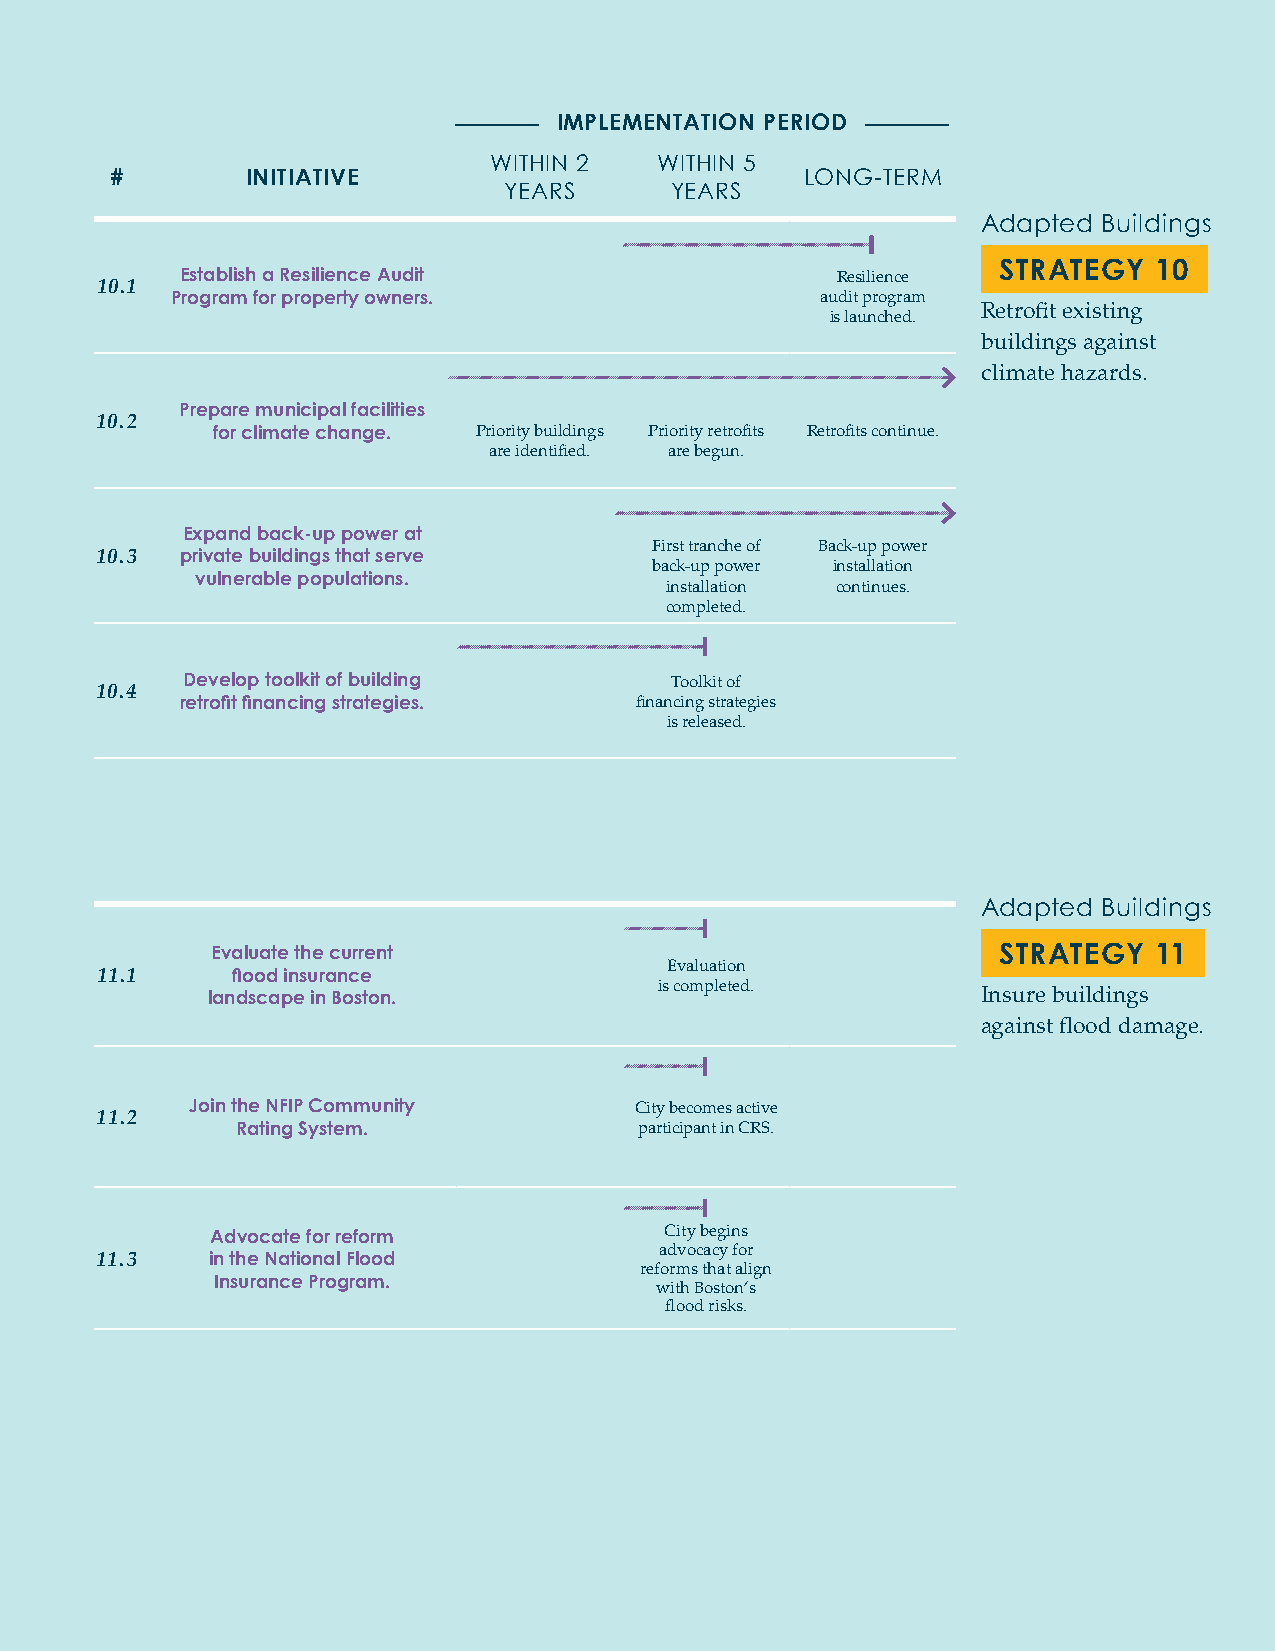
IMPLEMENTATION PERIOD                IMPLEMENTATION PERIOD
 WITHIN 2 WITHIN 5               WITHIN 2   WITHIN 5
 # INITIATIVE LONG-TERM # INITIATIVE                  LONG-TERM
 YEARS YEARS                      YEARS      YEARS
 Adapted Buildings                                                Adapted Buildings
 STRATEGY 9–                                                       STRATEGY  10
 Establish a planning 10.1 Establish a Resilience Audit Resilience
 Update building 9.1 fl ood elevation to support Analysis process Planning fl ood Program for property owners. au isd li at u p nr co hg er dam . Retrofi t existing
 zoning regulations in the initiated elevation is
 regulations to support future fl oodplain. established for       buildings against
 all development.
 climate readiness.                                               climate hazards.
 Prepare municipal facilities
 10.2
 for climate change. Priority buildings Priority retrofi ts Retrofi ts continue.
 are identifi ed. are begun.
 Revise zoning code
 9.2 to support climate-
 Review of zoning Zoning changes
 ready buildings.
 code launched. are implemented. Expand back-up power at
 First tranche of Back-up power
 10.3  private buildings that serve
 back-up power installation
 vulnerable populations.
 installation continues.
 completed.
 Promote climate readiness for
 9.3 projects in the development Notifi cations are 10.4 Develop toolkit of building Toolkit of
 retrofi t fi nancing strategies. fi nancing strategies
 pipeline. sent to all permitt ed
 is released.
 developments.
 Pursue state building
 Begin working with
 9.4 code amendments
 Commonwealth
 to promote climate readiness.
 regarding building                                               Adapted Buildings
 code amendments.
 Evaluate the current                                STRATEGY  11
 Evaluation
 11.1     fl ood insurance
 is completed.
 landscape in Boston.                               Insure buildings
 against fl ood damage.
 Incorporate future
 Standards
 9.5 climate conditions
 are enacted as
 into area plans.
 City policy for
 Join the NFIP Community      City becomes active
 future plans. 11.2
 Rating System.            participant in CRS.
 Advocate for reform           City begins
 advocacy for
 11.3    in the National Flood
 reforms that align
 Insurance Program.           with Boston’s
 fl ood risks.
 5                                                                           6
 liv City of Boston: Climate Ready Boston                         Executive Summary lv